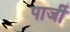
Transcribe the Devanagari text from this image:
पार्जी